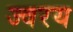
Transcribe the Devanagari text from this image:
ज्वरय